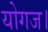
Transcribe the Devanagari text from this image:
योगज।